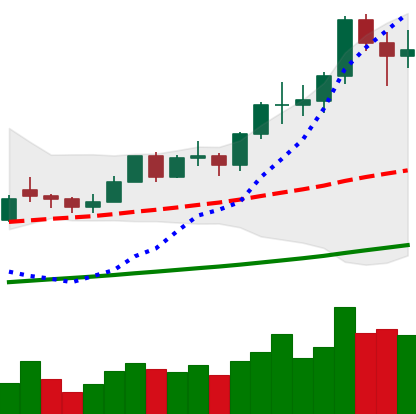
Ticker: LTC-USD
Chart end date: 2021-02-16
Forward return: 7.924%
Label: up_7plus